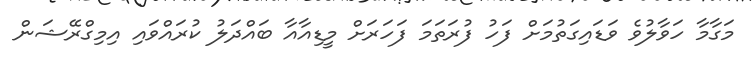
މަގާމާ ހަވާލުވެ ވަޑައިގަތުމަށް ފަހު ފުރަތަމަ ފަހަރަށް މީޑިއާއާ ބައްދަލު ކުރައްވައި އިމިގްރޭޝަން